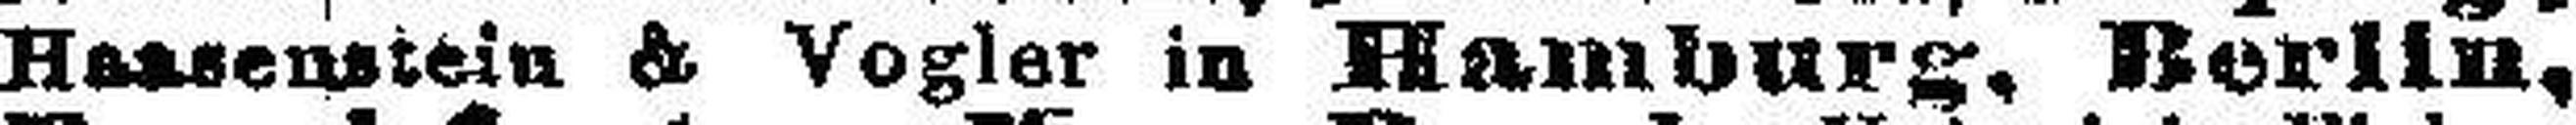
Hausenstein & Vogler in Hamburg, Berlin,